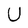
Character: U